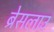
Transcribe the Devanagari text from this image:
ब्रेसलाउ